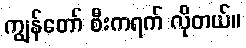
ကျွန်တော် စီးကရက် လိုတယ်။